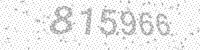
Solution: 815966